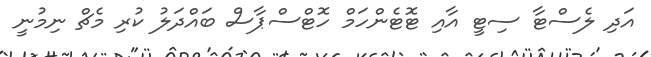
އަދި ލެސްޓާ ސިޓީ އާއި ޓޮޓެންހަމް ހޮޓްސްޕާސް ބައްދަލު ކުރި މެޗް ނިމުނީ